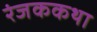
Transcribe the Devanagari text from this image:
रंजककथा